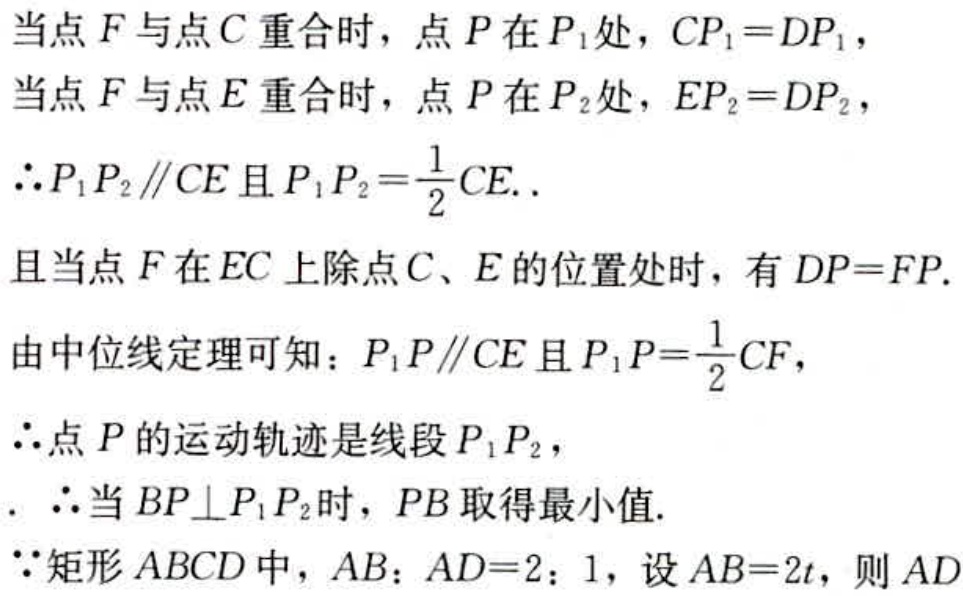
当点\(F\)与点\(C\)重合时，点\(P\)在\(P_1\)处，\(CP_1 = DP_1\)，
当点\(F\)与点\(E\)重合时，点\(P\)在\(P_2\)处，\(EP_2 = DP_2\)，
\(\therefore P_1P_2\parallel CE\)且\(P_1P_2=\frac{1}{2}CE\).
且当点\(F\)在\(EC\)上除点\(C\)、\(E\)的位置处时，有\(DP = FP\).
由中位线定理可知：\(P_1P\parallel CE\)且\(P_1P=\frac{1}{2}CF\)，
\(\therefore\)点\(P\)的运动轨迹是线段\(P_1P_2\)，
\(\therefore\)当\(BP\perp P_1P_2\)时，\(PB\)取得最小值.
\(\because\)矩形\(ABCD\)中，\(AB:AD = 2:1\)，设\(AB = 2t\)，则\(AD\)